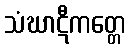
သံဃာဋီကတ္တေ